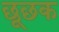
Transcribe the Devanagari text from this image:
छूछक